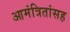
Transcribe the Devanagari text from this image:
आमंत्रितांसह